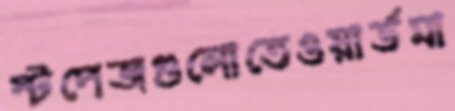
স্টপেজগুলোতেওয়ার্ডমা